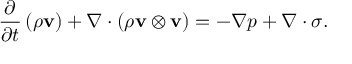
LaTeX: { \frac { \partial } { \partial t } } \left( \rho \mathbf { v } \right) + \nabla \cdot ( \rho \mathbf { v } \otimes \mathbf { v } ) = - \nabla p + \nabla \cdot \sigma .